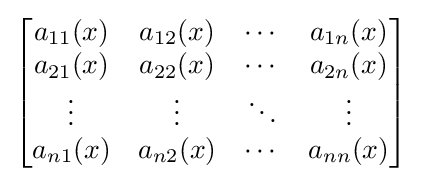
{\begin{bmatrix}a_{11}(x)&a_{12}(x)&\cdots &a_{1n}(x)\\a_{21}(x)&a_{22}(x)&\cdots &a_{2n}(x)\\\vdots &\vdots &\ddots &\vdots \\a_{n1}(x)&a_{n2}(x)&\cdots &a_{nn}(x)\end{bmatrix}}